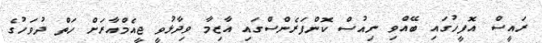
ރައީސް އޮފީހުގައި ބޭއްވި ނިއުސް ކޮންފަރެންސްގައި އާޒިމާ ވިދާޅުވީ ޖީއެމްއާރަށް ހަތް ދުވަހުގެ